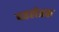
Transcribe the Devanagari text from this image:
पहलेतक